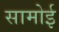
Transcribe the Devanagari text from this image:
सामोई